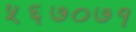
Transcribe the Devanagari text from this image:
५६७०७१